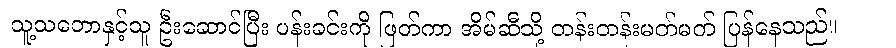
သူ့သဘောနှင့်သူ ဦးဆောင်ပြီး ပန်းခင်းကို ဖြတ်ကာ အိမ်ဆီသို့ တန်းတန်းမတ်မတ် ပြန်နေသည်။